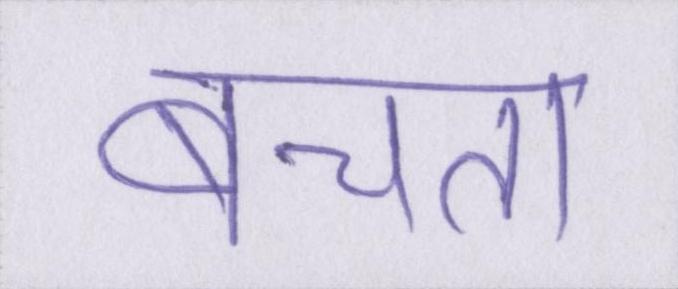
बेचता